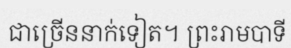
ជាច្រើននាក់ទៀត។ ព្រះរាមបាទី